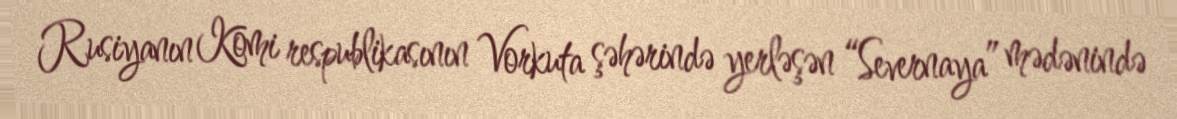
Rusiyanın Komi respublikasının Vorkuta şəhərində yerləşən “Severnaya” mədənində